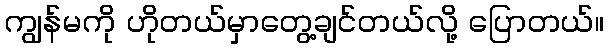
ကျွန်မကို ဟိုတယ်မှာတွေ့ချင်တယ်လို့ ပြောတယ်။